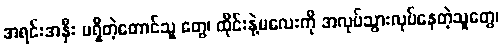
အရင်းအနှီး မရှိတဲ့တောင်သူ တွေ၊ ထိုင်းနဲ့မလေးကို အလုပ်သွားလုပ်နေတဲ့သူတွေ၊